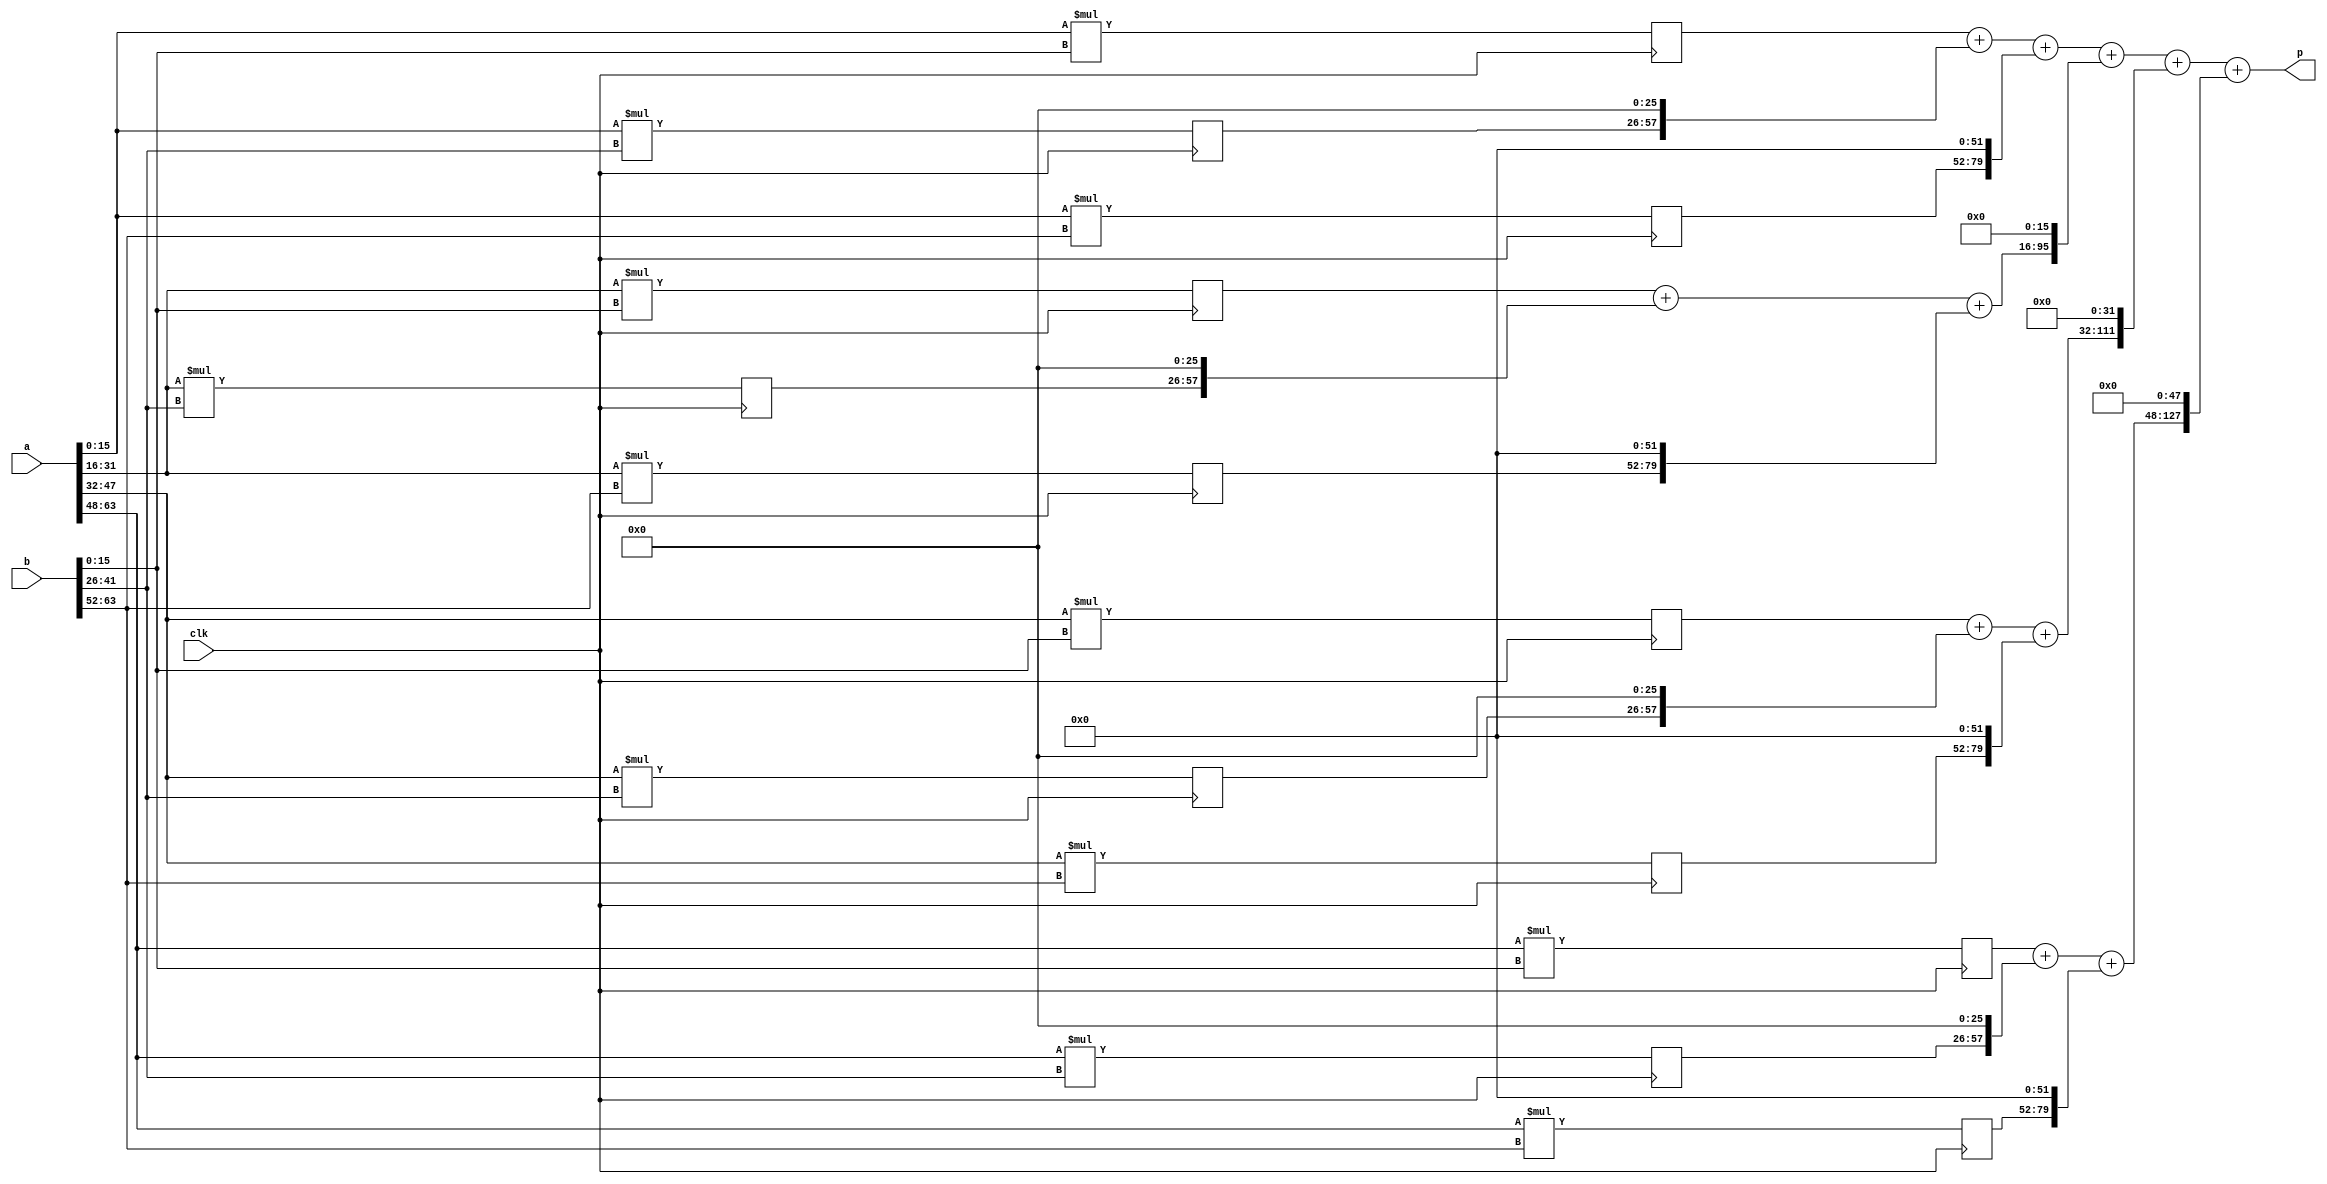
`timescale 1ns / 1ps
//////////////////////////////////////////////////////////////////////////////////
// Company: 
// Engineer: 
// 
// Design Name: 
// Module Name: mult_64x64
// Project Name: 
// Target Devices: 
// Tool Versions: 
// Description: 
// 
// Dependencies: 
// 
// Revision:
// Revision 0.01 - File Created
// Additional Comments:
// 
//////////////////////////////////////////////////////////////////////////////////


module mult_64x64(
    input          clk,
    input  [63 :0] a,
    input  [63 :0] b,
    output [127:0] p
    );

    wire [25 :0] a_0, a_1, a_2, a_3;
    wire [15 :0] b_0, b_1, b_2;
    reg  [31 :0] p_0 [3:0];
    reg  [31 :0] p_1 [3:0];
    reg  [31 :0] p_2 [3:0];
    reg  [31 :0] p_3 [3:0];
    wire [79 :0] p_x_sum [3:0];
    
    assign a_0 = a[16*0+:16]; assign a_1 = a[16*1+:16]; assign a_2 = a[16*2+:16]; assign a_3 = a[16*3+:16];
    assign b_0 = b[26*0+:26]; assign b_1 = b[26*1+:26]; assign b_2 = {14'b0,b[26*2+:12]}; 
    
    always @ (posedge clk) begin
        p_0[0] <= a_0*b_0;  p_0[1] <= a_0*b_1;  p_0[2] <= a_0*b_2;
        p_1[0] <= a_1*b_0;  p_1[1] <= a_1*b_1;  p_1[2] <= a_1*b_2;
        p_2[0] <= a_2*b_0;  p_2[1] <= a_2*b_1;  p_2[2] <= a_2*b_2;
        p_3[0] <= a_3*b_0;  p_3[1] <= a_3*b_1;  p_3[2] <= a_3*b_2;
    end
    
    assign p_x_sum[0] = p_0[0] + (p_0[1]<<26*1) + (p_0[2]<<26*2);
    assign p_x_sum[1] = p_1[0] + (p_1[1]<<26*1) + (p_1[2]<<26*2);
    assign p_x_sum[2] = p_2[0] + (p_2[1]<<26*1) + (p_2[2]<<26*2);
    assign p_x_sum[3] = p_3[0] + (p_3[1]<<26*1) + (p_3[2]<<26*2);
    
    assign p = p_x_sum[0] + (p_x_sum[1]<<16*1) + (p_x_sum[2]<<16*2) + (p_x_sum[3]<<16*3);
endmodule